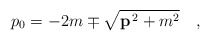
\begin{align*}p_0 = -2m \mp \sqrt{{\bf p}^{\,2}+m^2}\quad,\end{align*}